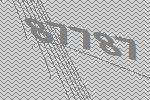
87787